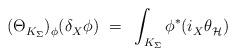
LaTeX: \begin{align*} (\Theta_{K_\Sigma}^{})_\phi^{}(\delta_X^{} \phi)~ =~\int_{K_\Sigma} \phi^* (i_X^{} \theta_{\mathcal{H}}^{\vphantom{j}})\end{align*}